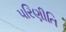
પરિણીતિ